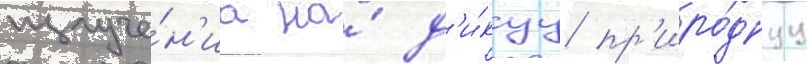
излуче́н'иа на́ д'и́куу пр'иро́днуу